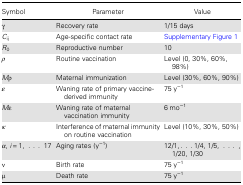
<table><thead><tr><td><b>Symbol</b></td><td><b>Parameter</b></td><td><b>Value</b></td></tr></thead><tbody><tr><td>γ</td><td>Recovery rate</td><td>1/15 days</td></tr><tr><td><i>C</i><sub>ij</sub></td><td>Age-specific contact rate</td><td>Supplementary Figure 1</td></tr><tr><td><i>R</i><sub>0</sub></td><td>Reproductive number</td><td>10</td></tr><tr><td><i>ρ</i></td><td>Routine vaccination</td><td>Level (0, 30%, 60%, 98%)</td></tr><tr><td><i>M</i>ρ</td><td>Maternal immunization</td><td>Level (30%, 60%, 90%)</td></tr><tr><td><i>ε</i></td><td>Waning rate of primary vaccine-derived immunity</td><td>75 y<sup>−1</sup></td></tr><tr><td><i>M</i>ε</td><td>Waning rate of maternal vaccination immunity</td><td>6 mo<sup>−1</sup></td></tr><tr><td><i>κ</i></td><td>Interference of maternal immunity on routine vaccination</td><td>Level (10%, 30%, 50%)</td></tr><tr><td><i>α</i>, <i>i</i> = 1,...17</td><td>Aging rates (y<sup>−1</sup>)</td><td>12/1, ... 1/4, 1/5,..., 1/20, 1/30</td></tr><tr><td>ν</td><td>Birth rate</td><td>75 y<sup>−1</sup></td></tr><tr><td>μ</td><td>Death rate</td><td>75 y<sup>−1</sup></td></tr></tbody></table>